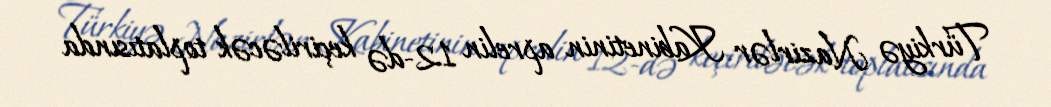
Türkiyə Nazirlər Kabinetinin aprelin 12-də keçiriləcək toplatısında